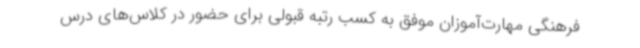
فرهنگی مهارت‌آموزان موفق به کسب رتبه قبولی برای حضور در کلاس‌های درس